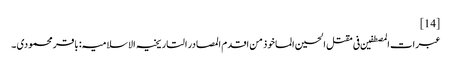
[14]
عبرات المصطفین فی مقتل الحسین الماخوذ من اقدم المصادر التاریخیہ الاسلامیہ: باقر محمودی ۔